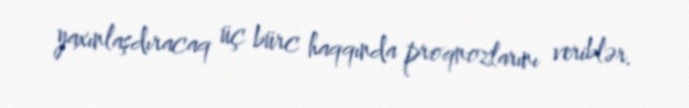
yaxınlaşdıracaq üç bürc haqqında proqnozlarını veriblər.